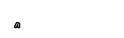
٧